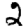
Digit: 2